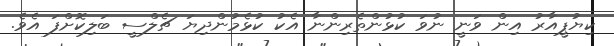
ކިޔުޕީއާރު އިން ވަނީ ނުވަ ކުޅުންތެރިންނާ އެކު ކުޅެމުންދިޔަ ޗެލްސީ ބަލިކޮށްފަ އެވެ.